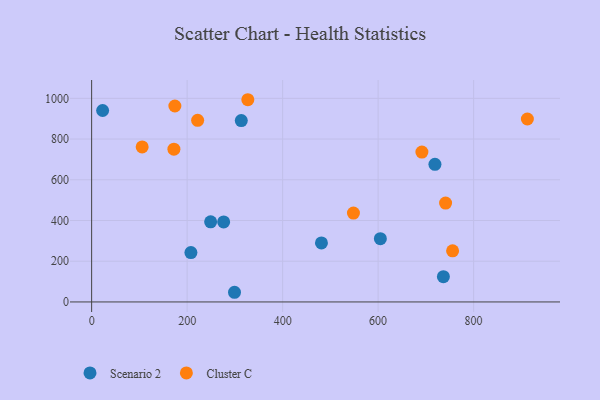
{"axis": {"x": "Ad Spend", "y": "Rating"}, "legend": ["Cluster C", "Scenario 2"], "data": [{"x": "604.7", "y": 310.9, "type": "Scenario 2"}, {"x": "249.2", "y": 393.4, "type": "Scenario 2"}, {"x": "23.0", "y": 940.3, "type": "Scenario 2"}, {"x": "299.2", "y": 47.5, "type": "Scenario 2"}, {"x": "276.5", "y": 393.0, "type": "Scenario 2"}, {"x": "207.9", "y": 242.3, "type": "Scenario 2"}, {"x": "313.4", "y": 891.0, "type": "Scenario 2"}, {"x": "481.3", "y": 290.0, "type": "Scenario 2"}, {"x": "736.7", "y": 124.2, "type": "Scenario 2"}, {"x": "719.0", "y": 676.0, "type": "Scenario 2"}, {"x": "741.3", "y": 485.7, "type": "Cluster C"}, {"x": "912.6", "y": 898.5, "type": "Cluster C"}, {"x": "756.0", "y": 251.3, "type": "Cluster C"}, {"x": "172.3", "y": 750.3, "type": "Cluster C"}, {"x": "222.0", "y": 892.1, "type": "Cluster C"}, {"x": "548.3", "y": 436.4, "type": "Cluster C"}, {"x": "691.7", "y": 736.3, "type": "Cluster C"}, {"x": "105.8", "y": 761.4, "type": "Cluster C"}, {"x": "174.3", "y": 962.3, "type": "Cluster C"}, {"x": "327.1", "y": 993.2, "type": "Cluster C"}]}